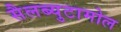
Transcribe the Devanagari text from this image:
सैलब्युटामोल